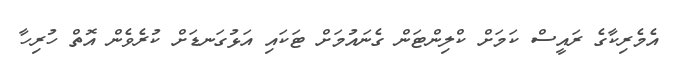
އެމެރިކާގެ ރައީސް ކަމަށް ކްލިންޓަން ގެނައުމަށް ޓަކައި އަޅުގަނޑަށް ކުރެވެން އޮތް ހުރިހާ